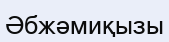
Әбжәмиқызы